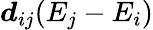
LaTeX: \boldsymbol{d}_{ij}(E_{j}-E_{i})